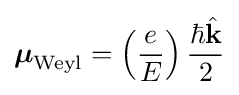
{\boldsymbol {\mu }}_{\rm {Weyl}}=\left({\frac {e}{E}}\right){\frac {\hbar {\hat {\mathbf {k} }}}{2}}